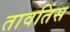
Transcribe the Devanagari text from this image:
तावतिंस